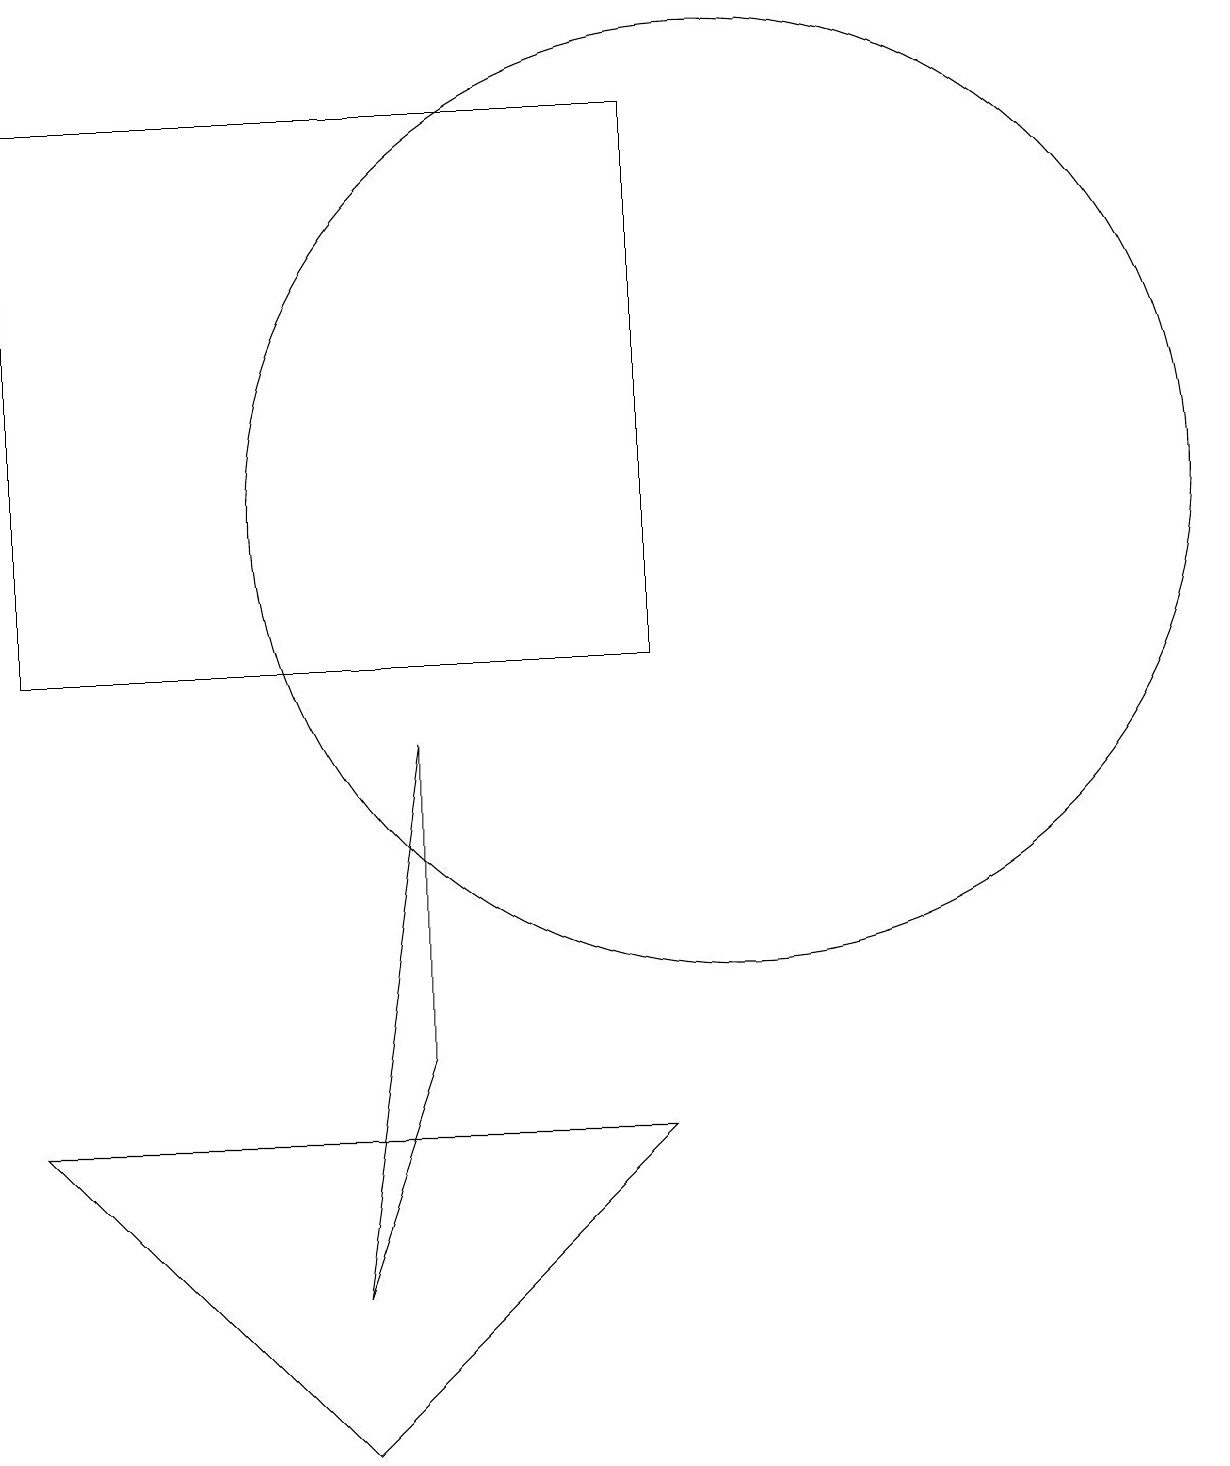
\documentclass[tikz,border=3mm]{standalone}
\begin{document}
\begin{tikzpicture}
\draw (10,12) circle (6);
\draw (6,5) -- (6,9) -- (5,2) -- cycle;
\draw (5,0) -- (9,4) -- (1,4) -- cycle;
\draw (9,10) rectangle (1,17);
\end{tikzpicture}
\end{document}